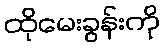
ထိုမေးခွန်းကို